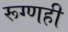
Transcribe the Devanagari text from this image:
रूग्णही